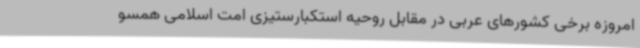
امروزه برخی کشورهای عربی در مقابل روحیه استکبارستیزی امت اسلامی همسو